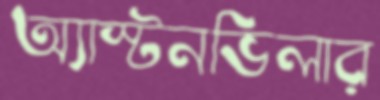
অ্যাস্টনভিলার